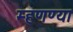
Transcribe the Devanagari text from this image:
म्हणण्या